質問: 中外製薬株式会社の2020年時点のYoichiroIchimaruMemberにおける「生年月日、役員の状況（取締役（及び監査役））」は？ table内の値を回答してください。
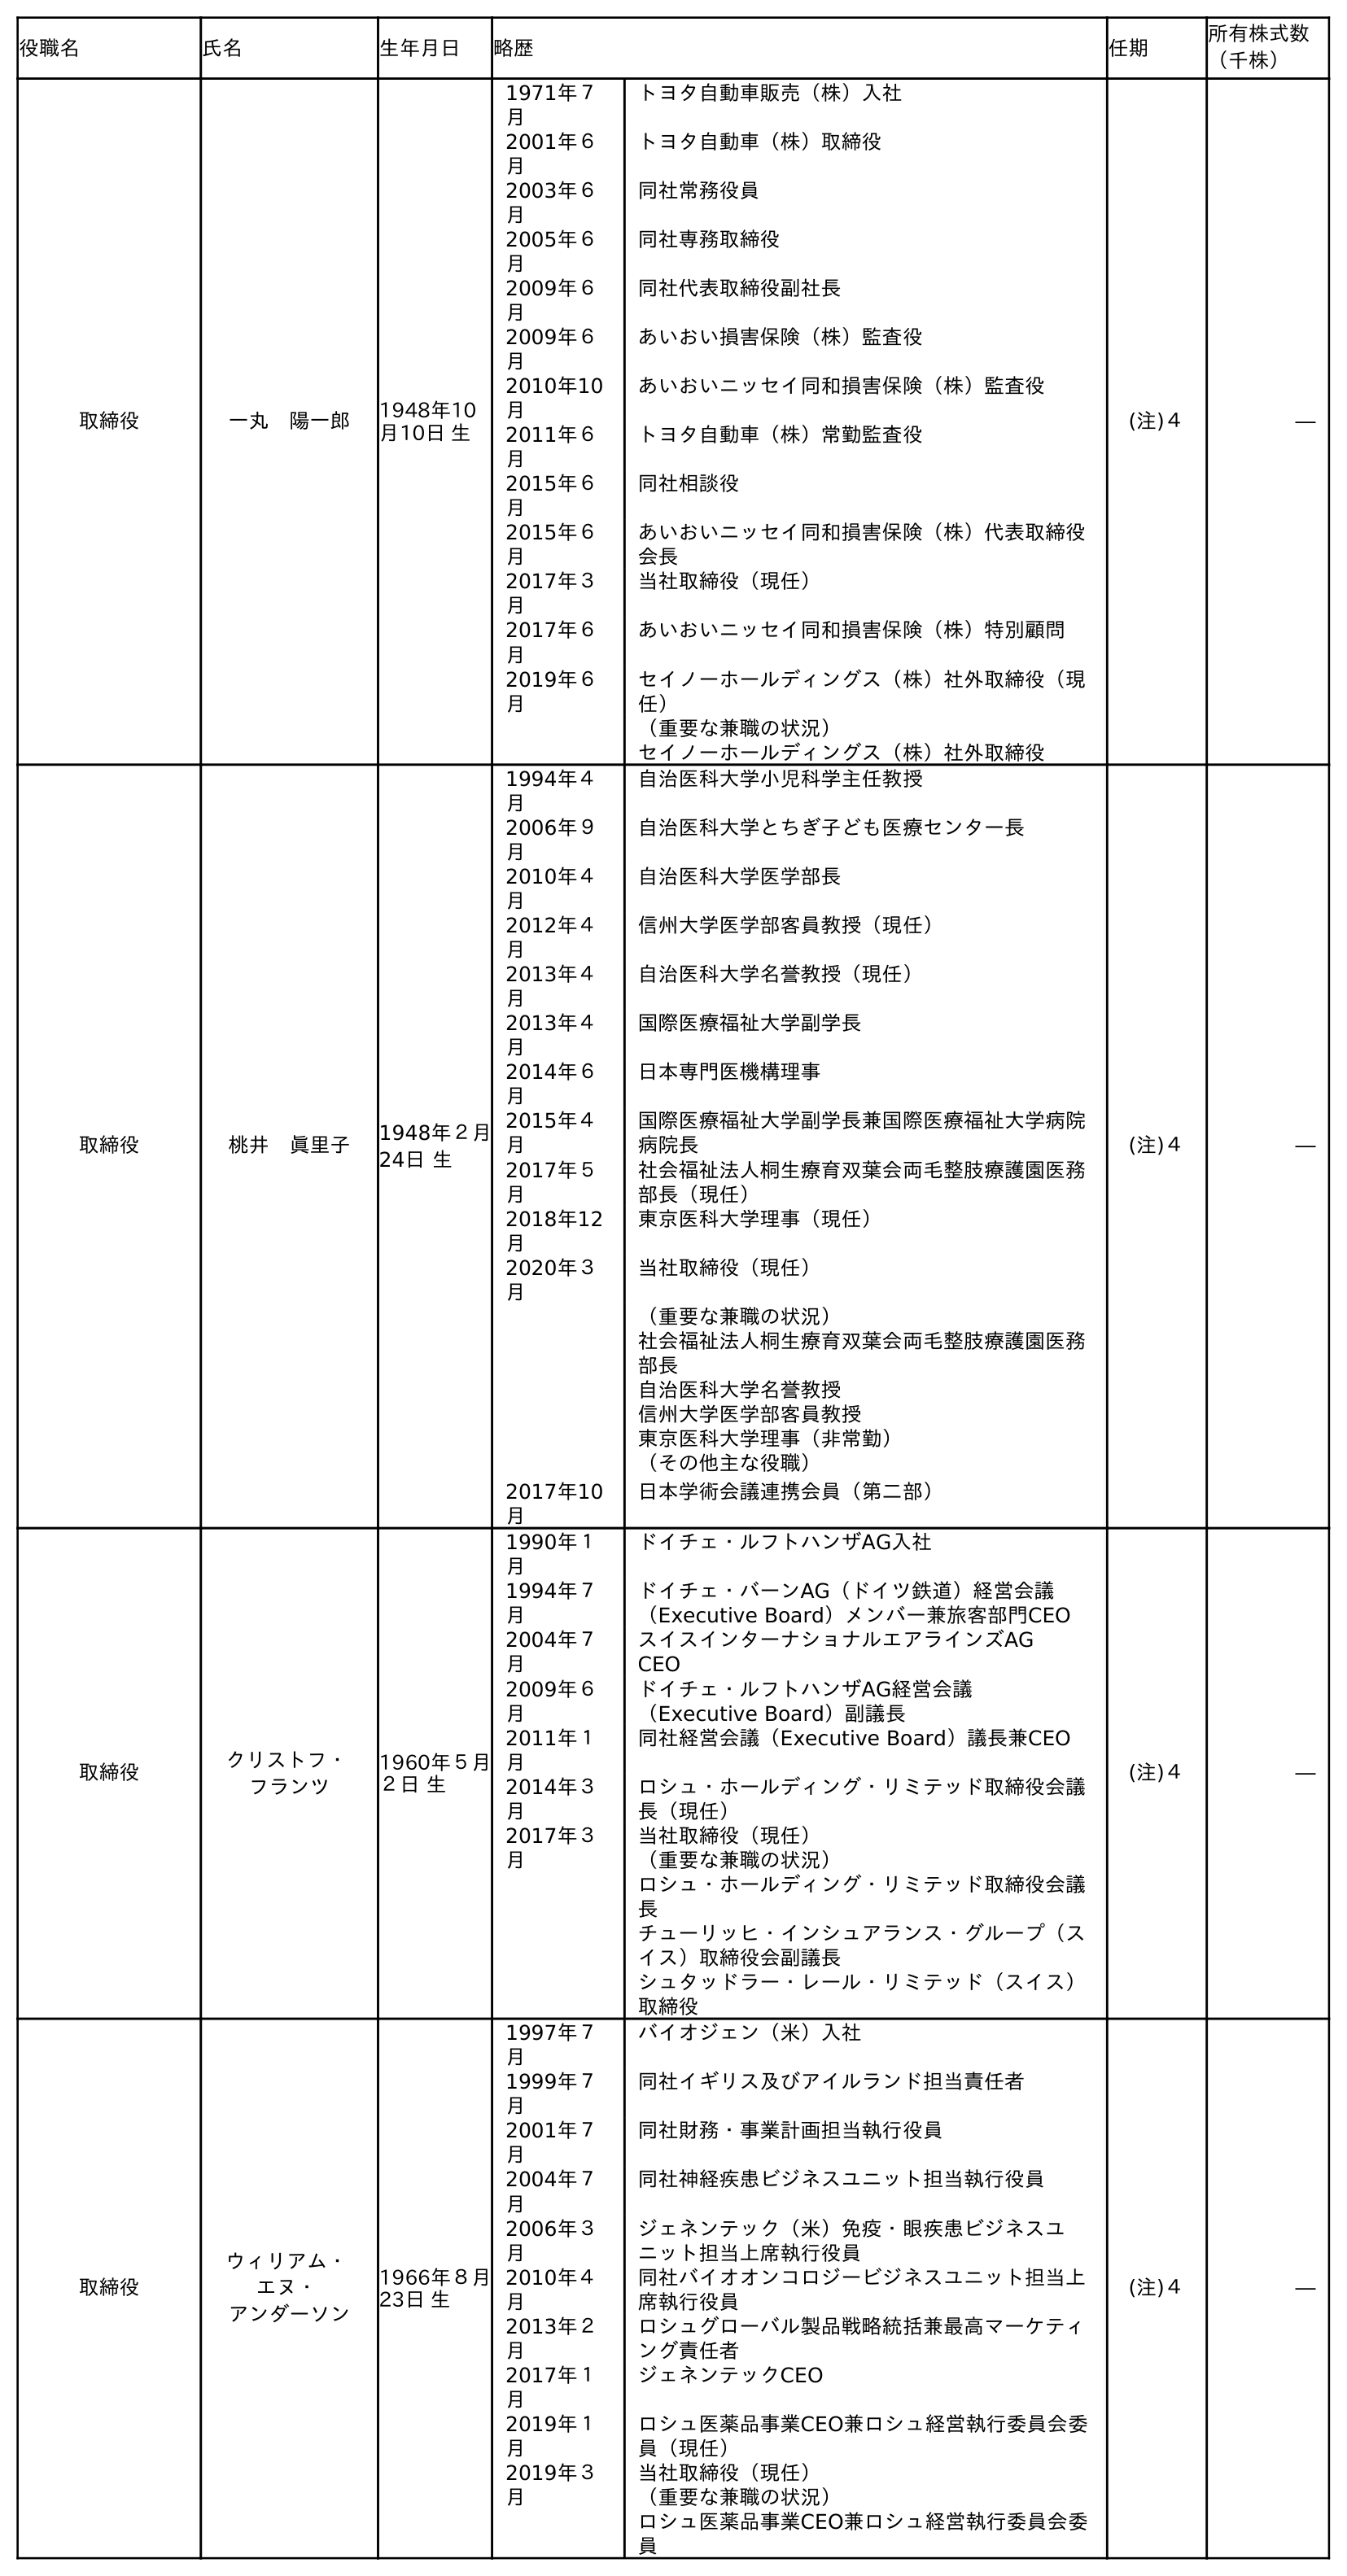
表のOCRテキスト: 役職名 氏名 生年月日 略歴 任期 所有株式数 （千株） 取締役 一丸 陽一郎 1948年10 月10日 生 1971年７ 月 トヨタ自動車販売（株）入社 2001年６ 月 トヨタ自動車（株）取締役 2003年６ 月 同社常務役員 2005年６ 月 同社専務取締役 2009年６ 月 同社代表取締役副社長 2009年６ 月 あいおい損害保険（株）監査役 2010年10 月 あいおいニッセイ同和損害保険（株）監査役 2011年６ 月 トヨタ自動車（株）常勤監査役 2015年６ 月 同社相談役 2015年６ 月 あいおいニッセイ同和損害保険（株）代表取締役 会長 2017年３ 月 当社取締役（現任） 2017年６ 月 あいおいニッセイ同和損害保険（株）特別顧問 2019年６ 月 セイノーホールディングス（株）社外取締役（現 任） （重要な兼職の状況） セイノーホールディングス（株）社外取締役 (注)４ ― 取締役 桃井 眞里子 1948年２月 24日 生 1994年４ 月 自治医科大学小児科学主任教授 2006年９ 月 自治医科大学とちぎ子ども医療センター長 2010年４ 月 自治医科大学医学部長 2012年４ 月 信州大学医学部客員教授（現任） 2013年４ 月 自治医科大学名誉教授（現任） 2013年４ 月 国際医療福祉大学副学長 2014年６ 月 日本専門医機構理事 2015年４ 月 国際医療福祉大学副学長兼国際医療福祉大学病院 病院長 2017年５ 月 社会福祉法人桐生療育双葉会両毛整肢療護園医務 部長（現任） 2018年12 月 東京医科大学理事（現任） 2020年３ 月 当社取締役（現任） （重要な兼職の状況） 社会福祉法人桐生療育双葉会両毛整肢療護園医務 部長 自治医科大学名誉教授 信州大学医学部客員教授 東京医科大学理事（非常勤） （その他主な役職） 2017年10 月 日本学術会議連携会員（第二部） (注)４ ― 取締役 クリストフ・ フランツ 1960年５月 ２日 生 1990年１ 月 ドイチェ・ルフトハンザAG入社 1994年７ 月 ドイチェ・バーンAG（ドイツ鉄道）経営会議 （Executive Board）メンバー兼旅客部門CEO 2004年７ 月 スイスインターナショナルエアラインズAG  CEO 2009年６ 月 ドイチェ・ルフトハンザAG経営会議 （Executive Board）副議長 2011年１ 月 同社経営会議（Executive Board）議長兼CEO 2014年３ 月 ロシュ・ホールディング・リミテッド取締役会議 長（現任） 2017年３ 月 当社取締役（現任） （重要な兼職の状況） ロシュ・ホールディング・リミテッド取締役会議 長 チューリッヒ・インシュアランス・グループ（ス イス）取締役会副議長 シュタッドラー・レール・リミテッド（スイス） 取締役 (注)４ ― 取締役 ウィリアム・ エヌ・ アンダーソン 1966年８月 23日 生 1997年７ 月 バイオジェン（米）入社 1999年７ 月 同社イギリス及びアイルランド担当責任者 2001年７ 月 同社財務・事業計画担当執行役員 2004年７ 月 同社神経疾患ビジネスユニット担当執行役員 2006年３ 月 ジェネンテック（米）免疫・眼疾患ビジネスユ ニット担当上席執行役員 2010年４ 月 同社バイオオンコロジービジネスユニット担当上 席執行役員 2013年２ 月 ロシュグローバル製品戦略統括兼最高マーケティ ング責任者 2017年１ 月 ジェネンテックCEO 2019年１ 月 ロシュ医薬品事業CEO兼ロシュ経営執行委員会委 員（現任） 2019年３ 月 当社取締役（現任） （重要な兼職の状況） ロシュ医薬品事業CEO兼ロシュ経営執行委員会委 員 (注)４ ―
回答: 1948年10月10日生